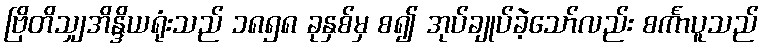
ဗြိတိသျှအိန္ဒိယရုံးသည် ၁၈၅၈ ခုနှစ်မှ စ၍ အုပ်ချုပ်ခဲ့သော်လည်း စင်္ကာပူသည်